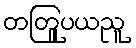
တတြူပယညူ